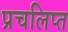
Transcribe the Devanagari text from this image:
प्रचलिप्त